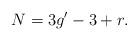
LaTeX: \begin{align*} N = 3g'-3 +r. \end{align*}